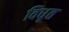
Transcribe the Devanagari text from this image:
विधृत